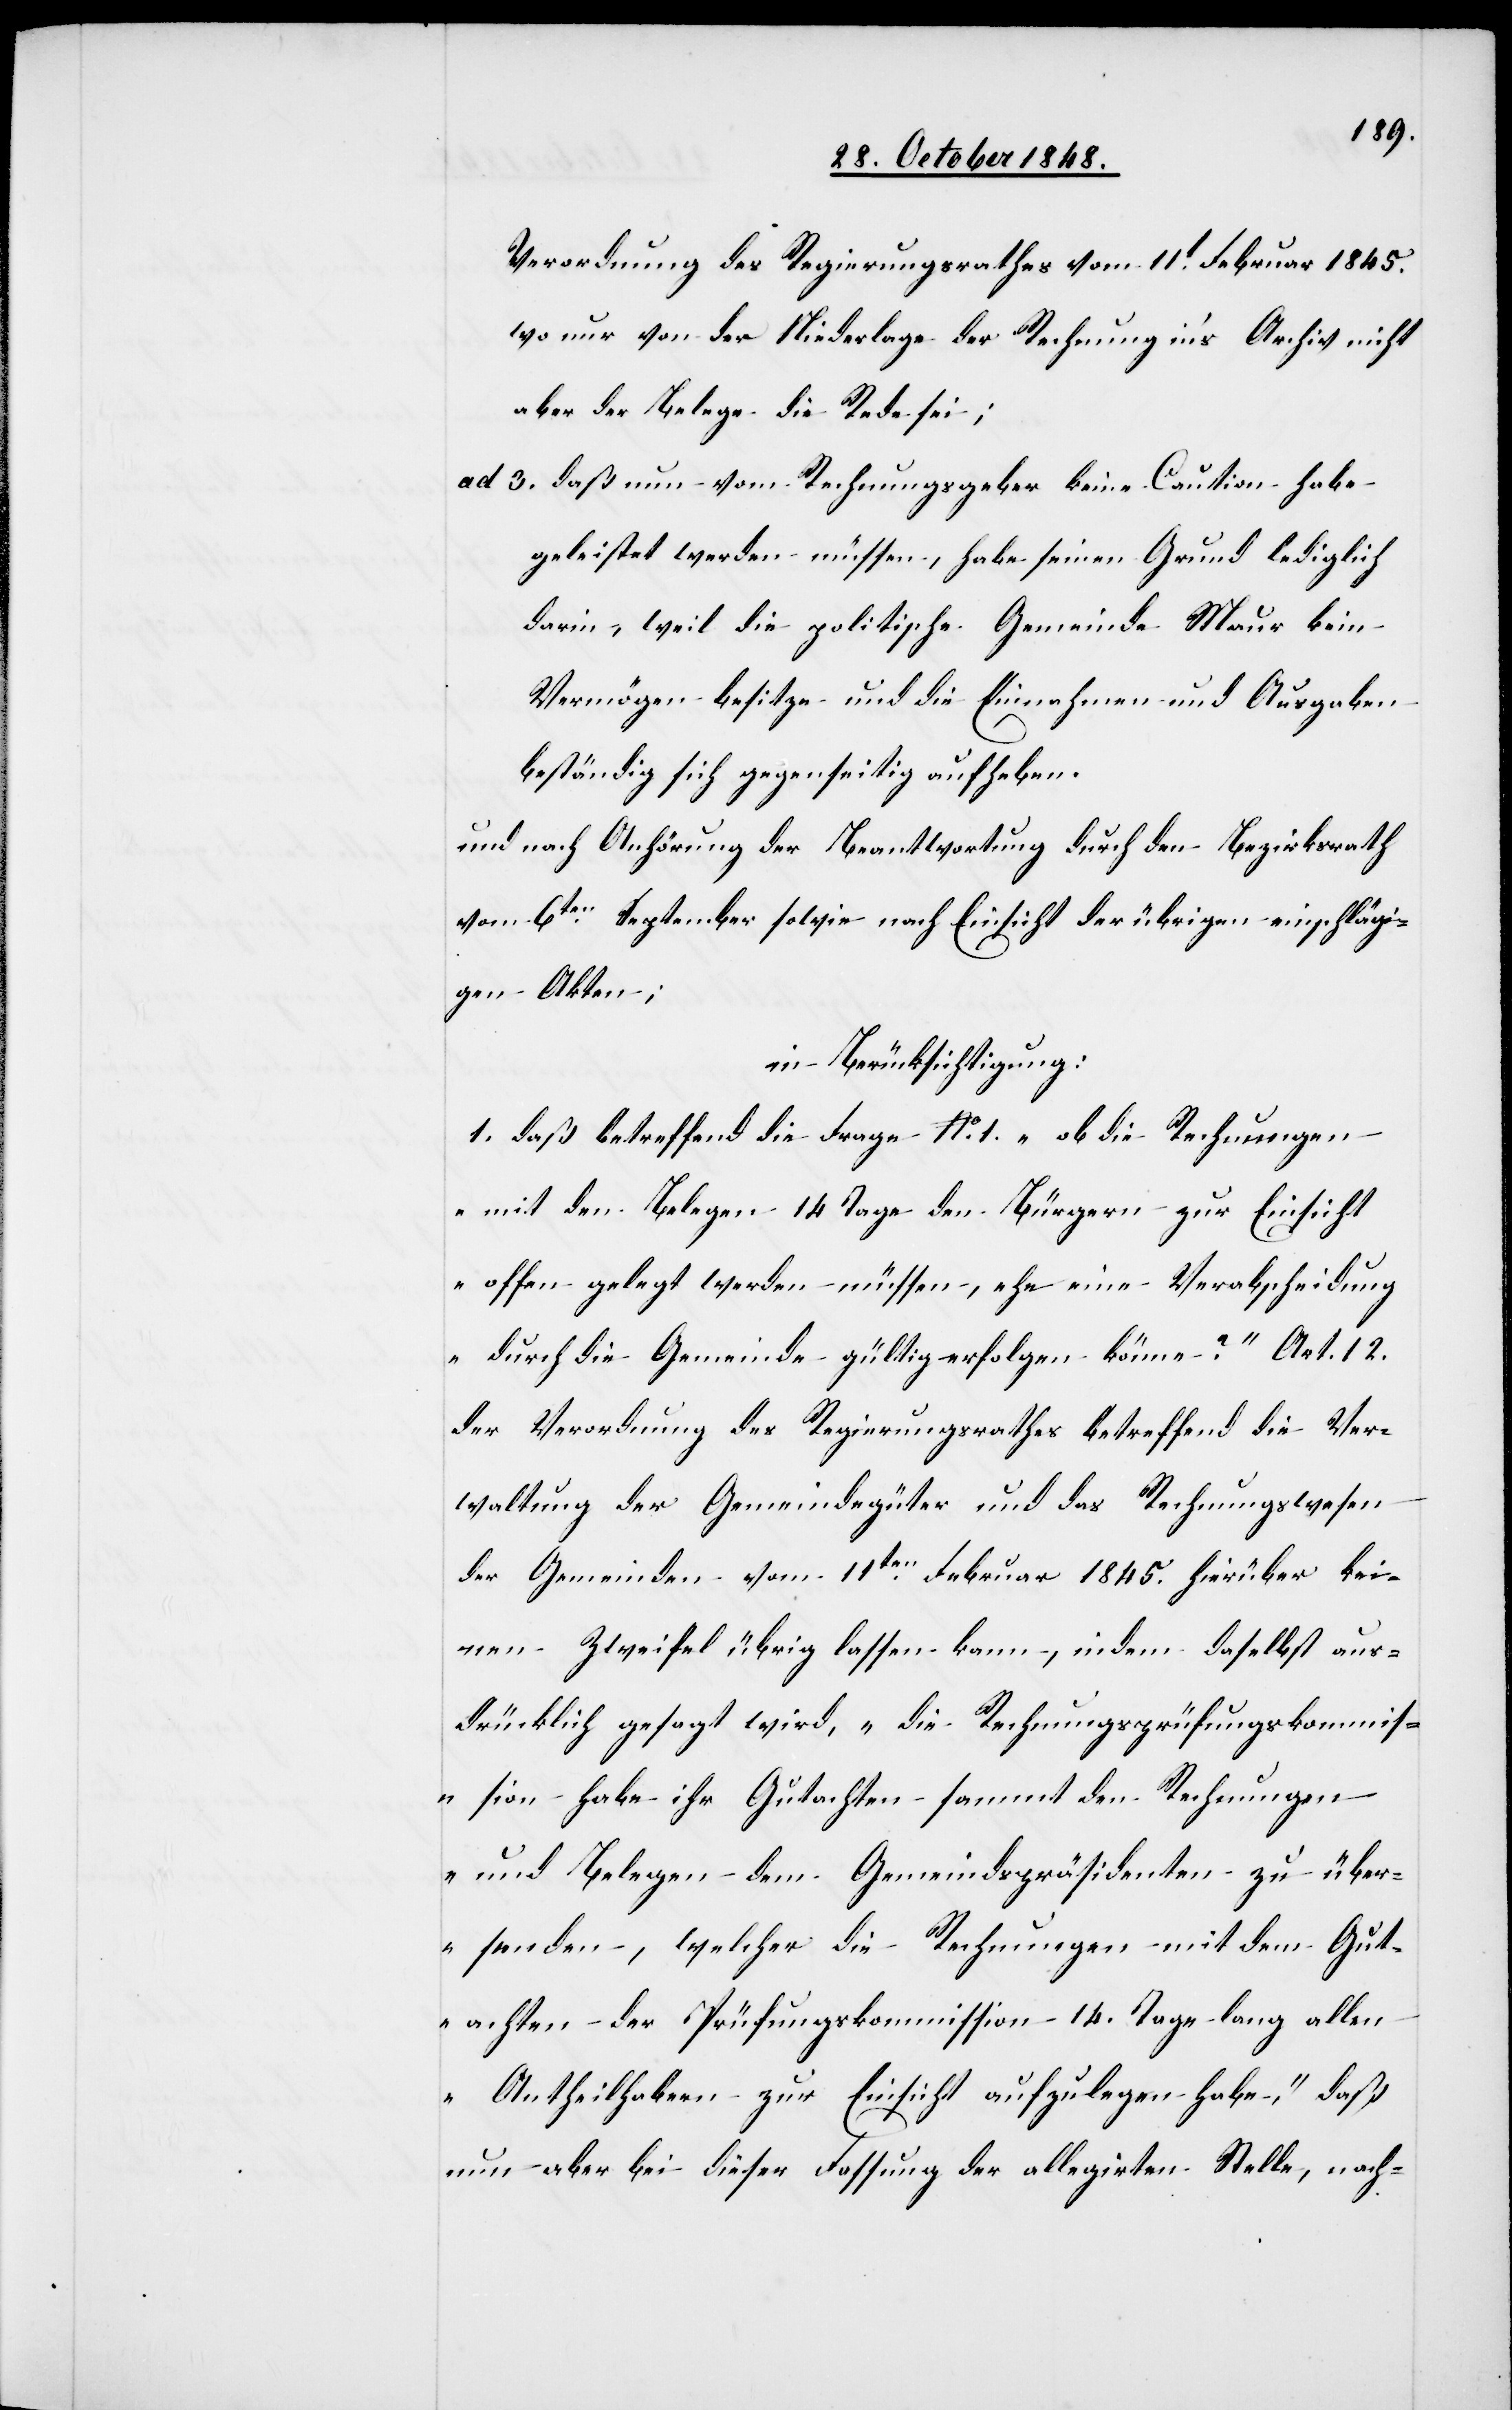
Verordnung des Regierungsrathes vom 11t Februar 1845.
wo nur von der Niederlage der Rechnung in’s Archiv nicht
aber der Belege die Rede sei;
ad 3. daß nun vom Rechnungsgeber keine Caution habe
geleistet werden müssen, habe seinen Grund lediglich
darin, weil die politische Gemeinde Maur kein
Vermögen besitze und die Einnahmen und Ausgaben
beständig sich gegenseitig aufheben.
und nach Anhörung der Beantwortung durch den Bezirksrath
vom 6ten September sowie nach Einsicht der übrigen einschlägi¬
gen Akten;
in Berücksichtigung:
1. daß betreffend die Frage No 1. „ob die Rechnungen
mit den Belegen 14. Tage den Bürgern zur Einsicht
offen gelegt werden müssen, ehe eine Verabscheidung
durch die Gemeinde gültig erfolgen könne?“ Art. 12.
der Verordnung des Regierungsrathes betreffend die Ver¬
waltung der Gemeindegüter und das Rechnungswesen
der Gemeinden vom 11ten Februar 1845. hierüber kei¬
nen Zweifel übrig lassen kann, indem daselbst aus¬
drücklich gesagt wird, „die Rechnungsprüfungskommis¬
sion habe ihr Gutachten sammt den Rechnungen
und Belegen dem Gemeindspräsidenten zu über¬
senden, welcher die Rechnungen mit dem Gut¬
achten der Prüfungskommission 14. Tage lang allen
Antheilhabern zur Einsicht aufzulegen habe,“ daß
nun aber bei dieser Fassung der allegirten Stelle, nach-